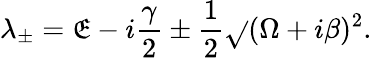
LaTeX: \lambda_{\pm}=\mathfrak{E}-i\frac{{\gamma}}{{2}}\pm\frac{{1}}{{2}}\sqrt{}{{(\Omega+i\beta)^{2}}}.